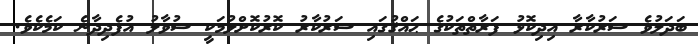
ބަދަލުވެ ސަރުކާރާ އިދިކޮޅު ފަރާތްތަކުގެ ޙައްޤުގައި ސަރުކާރު ކޮރުކޮށްލުމަކީ ސުވާލު އުފެދިދާނެ ކަމެކެވެ.